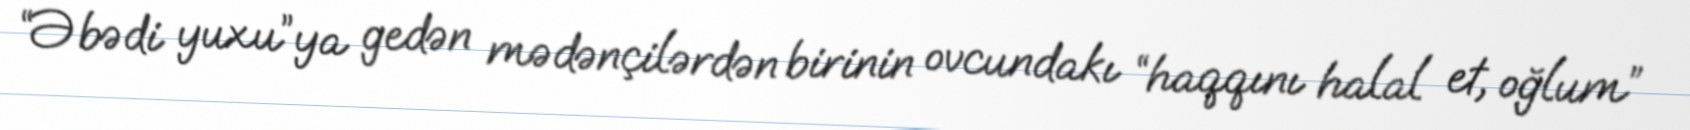
“Əbədi yuxu”ya gedən mədənçilərdən birinin ovcundakı “haqqını halal et, oğlum”